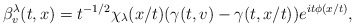
\begin{align*}\beta^\lambda_v(t, x) = t^{-1/2}\chi_\lambda(x/t)(\gamma(t, v) - \gamma(t, x/t))e^{it\phi(x/t)},\end{align*}